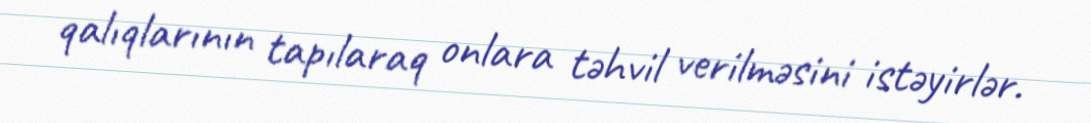
qalıqlarının tapılaraq onlara təhvil verilməsini istəyirlər.